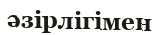
әзірлігімен